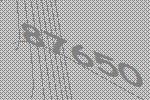
87650